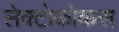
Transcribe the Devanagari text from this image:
लेक्टोकोकस